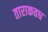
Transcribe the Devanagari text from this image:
ताराकवध